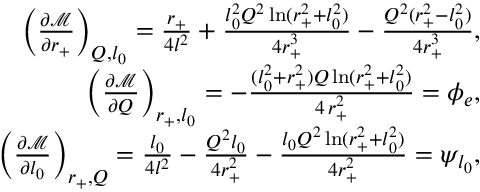
\begin{array} { r l r } & { } & { \bigg ( \frac { \partial \mathcal { M } } { \partial r _ { + } } \bigg ) _ { Q , l _ { 0 } } = \frac { r _ { + } } { 4 l ^ { 2 } } + \frac { l _ { 0 } ^ { 2 } Q ^ { 2 } \ln ( r _ { + } ^ { 2 } + l _ { 0 } ^ { 2 } ) } { 4 r _ { + } ^ { 3 } } - \frac { Q ^ { 2 } ( r _ { + } ^ { 2 } - l _ { 0 } ^ { 2 } ) } { 4 r _ { + } ^ { 3 } } , } \\ & { } & { \bigg ( \frac { \partial \mathcal { M } } { \partial Q } \bigg ) _ { r _ { + } , l _ { 0 } } = - \frac { ( l _ { 0 } ^ { 2 } + r _ { + } ^ { 2 } ) Q \ln ( r _ { + } ^ { 2 } + l _ { 0 } ^ { 2 } ) } { 4 \, r _ { + } ^ { 2 } } = \phi _ { e } , } \\ & { } & { \bigg ( \frac { \partial \mathcal { M } } { \partial l _ { 0 } } \bigg ) _ { r _ { + } , Q } = \frac { l _ { 0 } } { 4 l ^ { 2 } } - \frac { Q ^ { 2 } l _ { 0 } } { 4 r _ { + } ^ { 2 } } - \frac { l _ { 0 } Q ^ { 2 } \ln ( r _ { + } ^ { 2 } + l _ { 0 } ^ { 2 } ) } { 4 r _ { + } ^ { 2 } } = \psi _ { l _ { 0 } } , } \end{array}